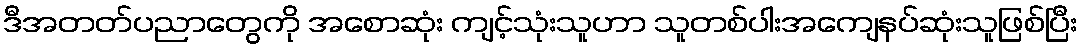
ဒီအတတ်ပညာတွေကို အစောဆုံး ကျင့်သုံးသူဟာ သူတစ်ပါးအကျေနပ်ဆုံးသူဖြစ်ပြီး